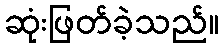
ဆုံးဖြတ်ခဲ့သည်။